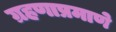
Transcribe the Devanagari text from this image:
ग्रहणाप्रमाणे